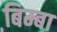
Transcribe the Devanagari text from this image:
बिम्बा